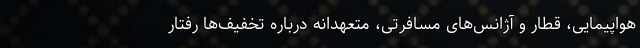
هواپیمایی، قطار و آژانس‌های مسافرتی، متعهدانه درباره تخفیف‌ها رفتار